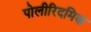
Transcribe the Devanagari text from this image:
पोलीरिदमिक